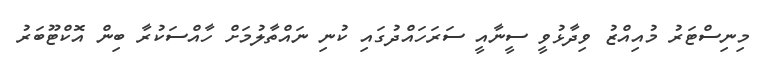
މިނިސްޓަރު މުއިއްޒު ވިދާޅުވީ ސީނާއީ ސަރަހައްދުގައި ކުނި ނައްތާލުމަށް ހާއްސަކުރާ ބިން އޮކްޓޫބަރު